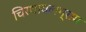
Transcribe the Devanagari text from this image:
चिरथावलग्राम